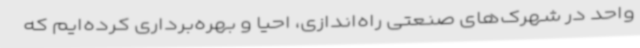
واحد در شهرک‌های صنعتی راه‌اندازی، احیا و بهره‌برداری کرده‌ایم که